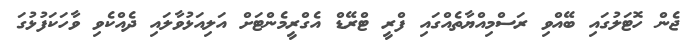
ޖެން ހޮޓަލުގައި ބޭއްވި ރަސްމިއްޔާތެއްގައި ފްރީ ޓްރޭޑް އެގްރީމެންޓަށް އަލިއަޅުވާލައި ދެއްކެވި ވާހަކަފުޅުގަ